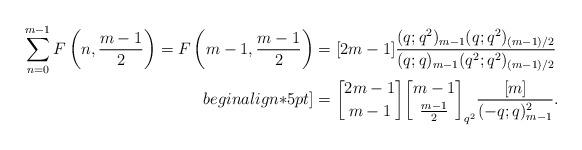
LaTeX: \begin{align*}\sum_{n=0}^{m-1}F\left(n,\frac{m-1}{2}\right)=F\left(m-1,\frac{m-1}{2}\right)&=[2m-1]\frac{(q;q^2)_{m-1}(q;q^2)_{(m-1)/2} }{(q;q)_{m-1} (q^2;q^2)_{(m-1)/2}} \\begin{align*}5pt]&={2m-1\brack m-1}{m-1\brack \frac{m-1}{2}}_{q^2}\frac{[m]}{(-q;q)_{m-1}^2}. \end{align*}